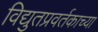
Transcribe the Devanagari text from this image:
विद्युतप्रवर्तकाच्या